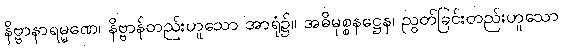
နိဗ္ဗာနာရမ္မဏေ၊ နိဗ္ဗာန်တည်းဟူသော အာရုံ၌။ အဓိမုစ္စနဋ္ဌေန၊ ညွတ်ခြင်းတည်းဟူသော